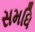
સમધિ